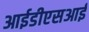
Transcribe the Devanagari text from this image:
आईडीएसआई